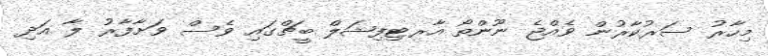
މިހާރު ސަރުކާރުން ވެއްޖެ ނޫންތޯ އާރޓިފިޝަލް ބީޗްގައި ވެސް ވަށާފާރު ލާ އަދި